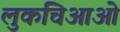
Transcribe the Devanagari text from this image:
लुकचिआओ